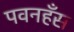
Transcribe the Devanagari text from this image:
पवनहँस